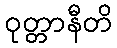
ဝုတ္တာနီတိ